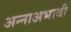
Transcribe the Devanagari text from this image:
अन्नाअभावी